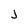
Character: j